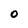
Character: 0